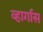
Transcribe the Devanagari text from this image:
व्हार्गास